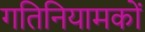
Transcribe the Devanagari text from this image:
गतिनियामकों